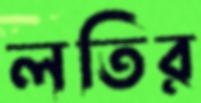
লতির